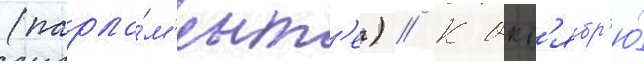
(парла́м'ент'е) // К окт'ябр'ю́